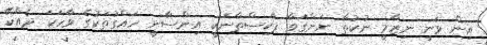
އިން ވަނީ ނިޒާމީ ނުކުތާ ނަންގަވާ ޕާކިސްތާނަކީ އިންސާނީ ހައްގުތަކުގެ ވާހަކަ ދެއްކޭ